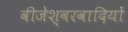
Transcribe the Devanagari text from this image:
वीजेश्वरवादियों